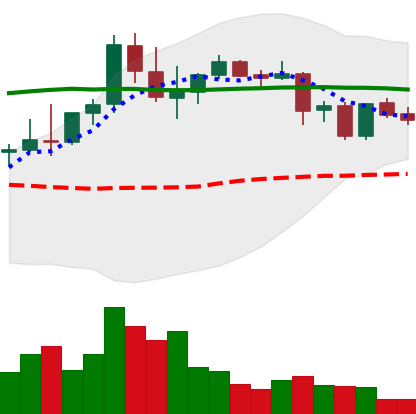
Ticker: DOGE-USD
Chart end date: 2021-08-29
Forward return: 5.388%
Label: up_5_7